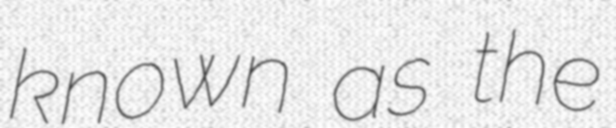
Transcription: known as the